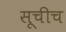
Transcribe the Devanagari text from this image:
सूचीच